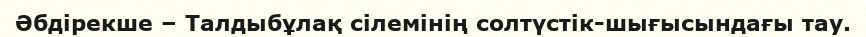
Әбдірекше – Талдыбұлақ сілемінің солтүстік-шығысындағы тау.